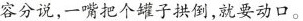
客分说，一嘴把个罐子拱倒，就要动口。